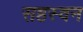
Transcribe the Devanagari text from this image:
सहस्वन